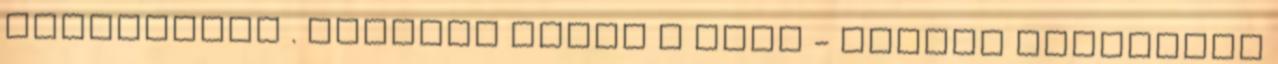
olvashatja . További hírek a BOON - Megyei kézilabda